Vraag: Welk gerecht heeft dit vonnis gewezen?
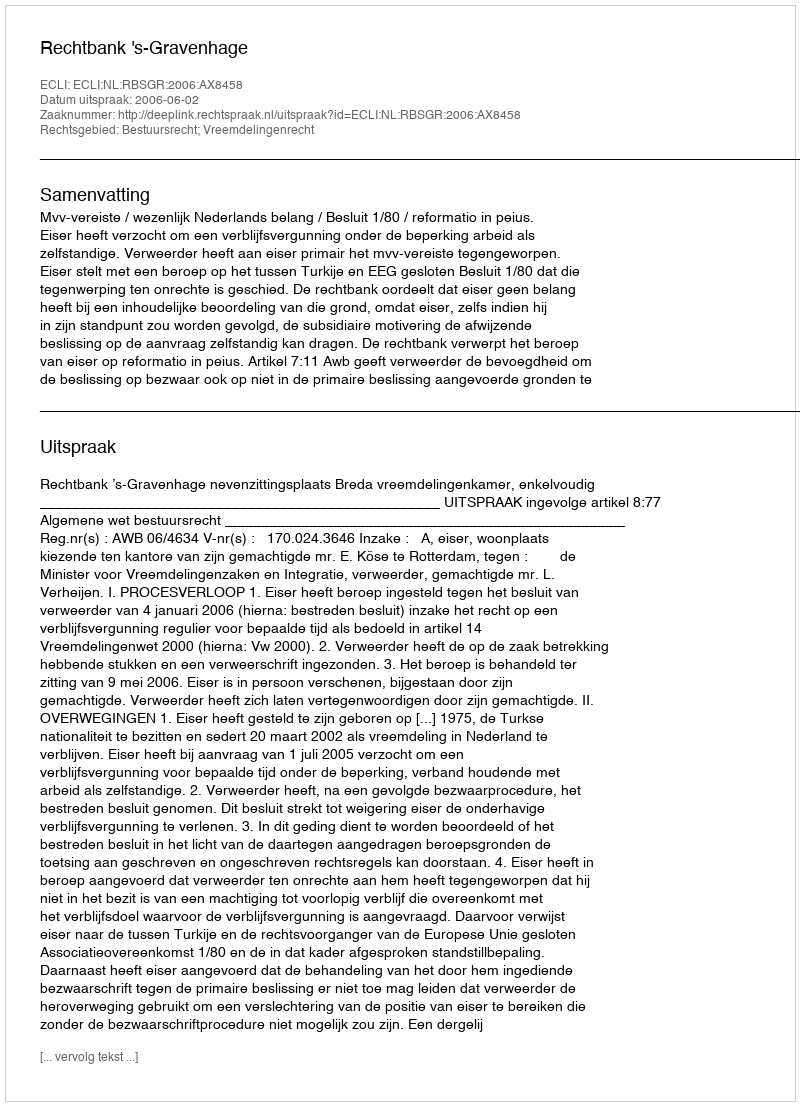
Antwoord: Rechtbank 's-Gravenhage